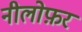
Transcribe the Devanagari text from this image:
नीलोफ़र